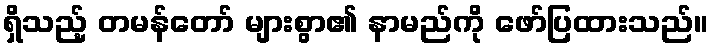
ရှိသည့် တမန်တော် များစွာ၏ နာမည်ကို ဖော်ပြထားသည်။